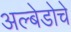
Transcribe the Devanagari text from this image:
अल्बेडोचे